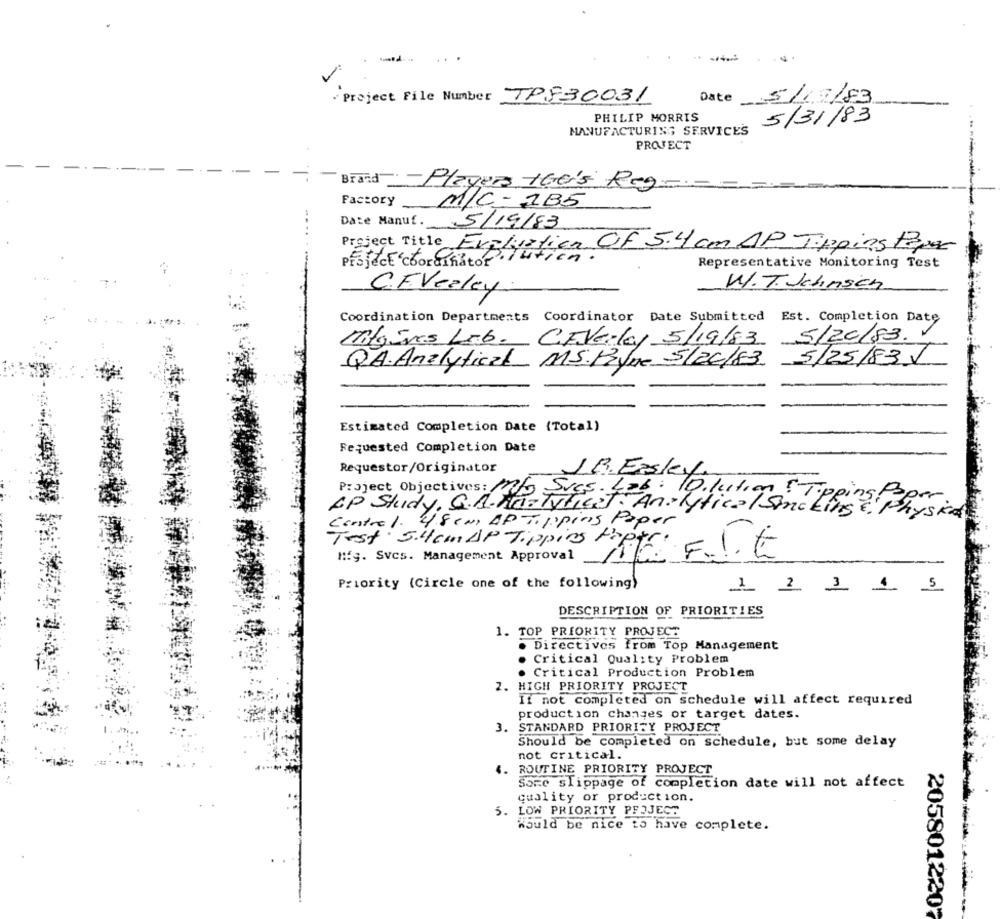
* Project File Number TPE30031
Date
5/19/83
PHILIP MORRIS
5/31/83
MANUFACTURING SERVICES
PROJECT
Brand
- Player the's Reg
Factory
M/C = 1B5
Date Manuf. 5/19/83
Project Title Evaluation Of 5.4 cm AP Tipping Paper
Project coordinator. Ya
Representative Monitoring Test
W.T. Johnsen
C.F. Vealcy
Coordination Departments
Coordinator Date Submitted
Est. Completion Date
Mitgives Lab. C.FVerlay 5/19/83
5/20/83.
QA. Analytical MS. Payne 5/2C/83
Estimated Completion Date (Total)
Requested Completion Date
Requestor/Originator
JB. Esky
AP Study, S.A.Ma.
Project Objectives: STAR- Litico/Sim
4.8 ( MI AP Tipping Paper
Test. 5.4 cm DP Tipping Popt
Mfg. Svcs. Management Approval
Priority (Circle one of the following)
1 2 3 4 5
DESCRIPTION OF PRIORITIES
1. TOP PRIORITY PROJECT
Directives from Top Management
..
Critical Quality Problem
· Critical Production Problem
2. HIGH PRIORITY PROJECT
If not completed on schedule will affect required
production changes or target dates.
STANDARD PRIORITY PROJECT
Should be completed on schedule, but some delay
not critical.
ROUTINE PRIORITY PROJECT
Sore slippage of completion date will not affect
quality or production.
5. LOW PRIORITY PROJECT
5.
Would be nice to have complete.
2058012207